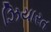
ઝિયારત